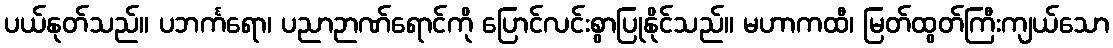
ပယ်နုတ်သည်။ ပဘင်္ကရော၊ ပညာဉာဏ်ရောင်ကို ပြောင်လင်းစွာပြုနိုင်သည်။ မဟာကထီ၊ မြတ်ထွတ်ကြီးကျယ်သော